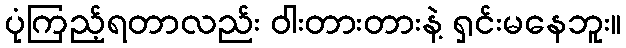
ပုံကြည့်ရတာလည်း ဝါးတားတားနဲ့ ရှင်းမနေဘူး။